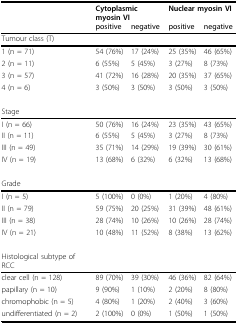
<table><thead><tr><td></td><td colspan="2"><b>Cytoplasmic myosin VI</b></td><td colspan="2"><b>Nuclear myosin VI</b></td></tr><tr><td></td><td><b>positive</b></td><td><b>negative</b></td><td><b>positive</b></td><td><b>negative</b></td></tr></thead><tbody><tr><td>Tumour class (T)</td><td></td><td></td><td></td><td></td></tr><tr><td>1 (n = 71)</td><td>54 (76%)</td><td>17 (24%)</td><td>25 (35%)</td><td>46 (65%)</td></tr><tr><td>2 (n = 11)</td><td>6 (55%)</td><td>5 (45%)</td><td>3 (27%)</td><td>8 (73%)</td></tr><tr><td>3 (n = 57)</td><td>41 (72%)</td><td>16 (28%)</td><td>20 (35%)</td><td>37 (65%)</td></tr><tr><td>4 (n = 6)</td><td>3 (50%)</td><td>3 (50%)</td><td>3 (50%)</td><td>3 (50%)</td></tr><tr><td>Stage</td><td></td><td></td><td></td><td></td></tr><tr><td>I (n = 66)</td><td>50 (76%)</td><td>16 (24%)</td><td>23 (35%)</td><td>43 (65%)</td></tr><tr><td>II (n = 11)</td><td>6 (55%)</td><td>5 (45%)</td><td>3 (27%)</td><td>8 (73%)</td></tr><tr><td>III (n = 49)</td><td>35 (71%)</td><td>14 (29%)</td><td>19 (39%)</td><td>30 (61%)</td></tr><tr><td>IV (n = 19)</td><td>13 (68%)</td><td>6 (32%)</td><td>6 (32%)</td><td>13 (68%)</td></tr><tr><td>Grade</td><td></td><td></td><td></td><td></td></tr><tr><td>I (n = 5)</td><td>5 (100%)</td><td>0 (0%)</td><td>1 (20%)</td><td>4 (80%)</td></tr><tr><td>II (n = 79)</td><td>59 (75%)</td><td>20 (25%)</td><td>31 (39%)</td><td>48 (61%)</td></tr><tr><td>III (n = 38)</td><td>28 (74%)</td><td>10 (26%)</td><td>10 (26%)</td><td>28 (74%)</td></tr><tr><td>IV (n = 21)</td><td>10 (48%)</td><td>11 (52%)</td><td>8 (38%)</td><td>13 (62%)</td></tr><tr><td>Histological subtype of RCC</td><td></td><td></td><td></td><td></td></tr><tr><td>clear cell (n = 128)</td><td>89 (70%)</td><td>39 (30%)</td><td>46 (36%)</td><td>82 (64%)</td></tr><tr><td>papillary (n = 10)</td><td>9 (90%)</td><td>1 (10%)</td><td>2 (20%)</td><td>8 (80%)</td></tr><tr><td>chromophobic (n = 5)</td><td>4 (80%)</td><td>1 (20%)</td><td>2 (40%)</td><td>3 (60%)</td></tr><tr><td>undifferentiated (n = 2)</td><td>2 (100%)</td><td>0 (0%)</td><td>1 (50%)</td><td>1 (50%)</td></tr></tbody></table>